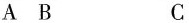
A B C